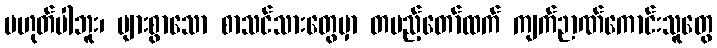
မဟုတ်ပါဘူး၊ များစွာသော စာသင်သားတွေမှာ တပည့်တော်ထက် ကျက်ဉာဏ်ကောင်းသူတွေ